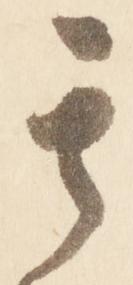
其